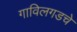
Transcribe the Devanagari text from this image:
गाविलगडचे